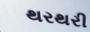
થરથરી